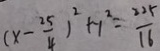
( x - \frac { 2 5 } { 4 } ) ^ { 2 } + y ^ { 2 } = \frac { 2 2 5 } { 1 6 }